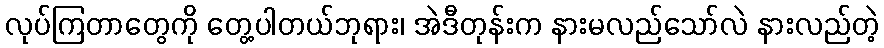
လုပ်ကြတာတွေကို တွေ့ပါတယ်ဘုရား၊ အဲဒီတုန်းက နားမလည်သော်လဲ နားလည်တဲ့